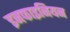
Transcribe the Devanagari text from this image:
इनफाइनियन